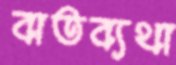
বাতব্যথা